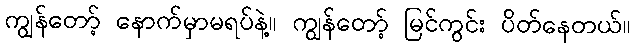
ကျွန်တော့် နောက်မှာမရပ်နဲ့။ ကျွန်တော့် မြင်ကွင်း ပိတ်နေတယ်။